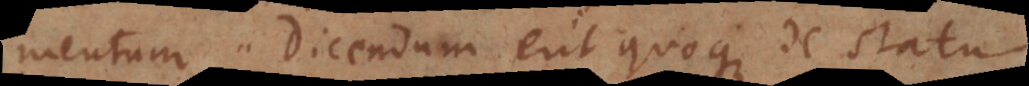
mentum.Dicendum erit quoque de statu